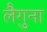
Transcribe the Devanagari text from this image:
लैगुना